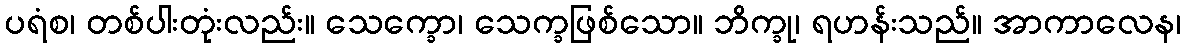
ပရံစ၊ တစ်ပါးတုံးလည်း။ သေက္ခော၊ သေက္ခဖြစ်သော။ ဘိက္ခု၊ ရဟန်းသည်။ အာကာလေန၊